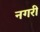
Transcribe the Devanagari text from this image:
नगरीं